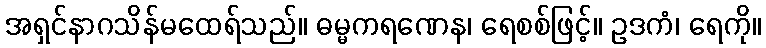
အရှင်နာဂသိန်မထေရ်သည်။ ဓမ္မကရဏေန၊ ရေစစ်ဖြင့်။ ဥဒကံ၊ ရေကို။